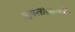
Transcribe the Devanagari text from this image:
लुफ्तांसातर्फे